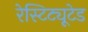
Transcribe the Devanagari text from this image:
रेस्टिट्यूटेड